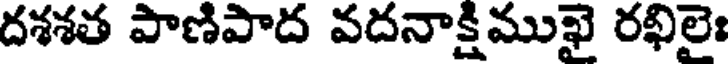
దశశత పాణిపాద వదనాక్షిముఖై రఖిలై